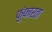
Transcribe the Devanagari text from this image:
फुंफारता